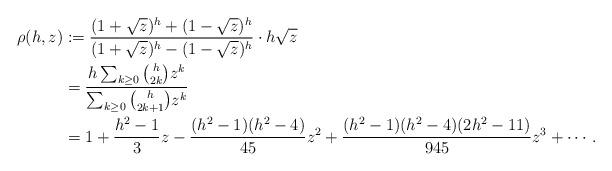
LaTeX: \begin{align*} \rho(h,z) &:=\frac{(1+\sqrt z)^{h}+(1-\sqrt z)^{h}}{(1+\sqrt z)^{h}-(1-\sqrt z)^{h}} \cdot h{\sqrt z}\\ &=\frac{ h \sum_{k\geq 0} \binom{h}{2k} z^k} { \sum_{k \geq 0} \binom{h}{2k+1} z^k}\\&=1 + \frac {h^2-1}3 z- \frac {(h^2-1)(h^2-4)}{45} z^2 + \frac{(h^2-1)(h^2-4)(2h^2-11)}{945} z^3 + \cdots.\end{align*}